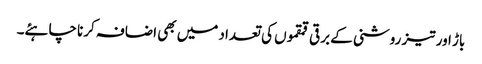
باڑ اور تیز روشنی کے برقی قمقموں کی تعداد میں بھی اضافہ کرنا چاہئے۔